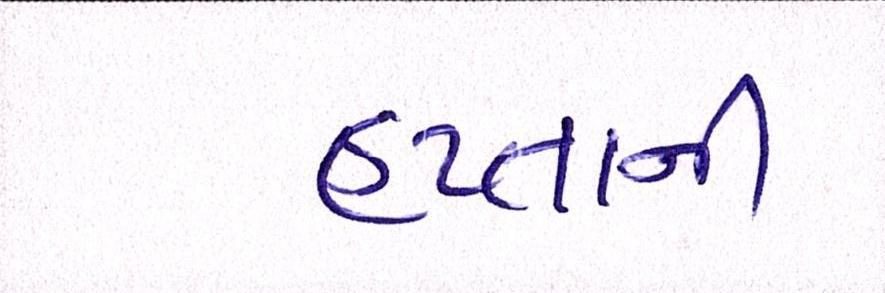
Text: હપ્તાની